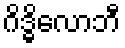
ဂိဒ္ဓိလောဘီ